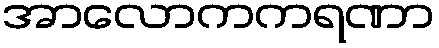
အာလောကကရဏာ